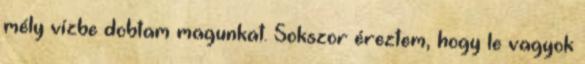
mély vízbe dobtam magunkat. Sokszor éreztem, hogy le vagyok